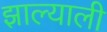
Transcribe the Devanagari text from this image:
झाल्याली